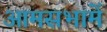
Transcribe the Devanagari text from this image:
आमसभामें